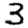
Digit: 3